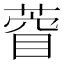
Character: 𮐙